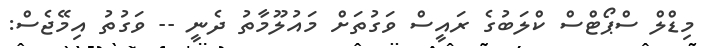
މިޑްލް ސްޕޯޓްސް ކްލަބުގެ ރައީސް ވަގުތަށް މައުލޫމާތު ދެނީ -- ވަގުތު އިމޭޖެސް: